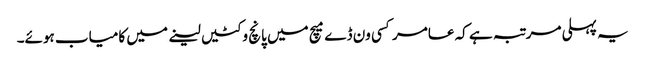
یہ پہلی مرتبہ ہے کہ عامر کسی ون ڈے میچ میں پانچ وکٹیں لینے میں کامیاب ہوئے۔